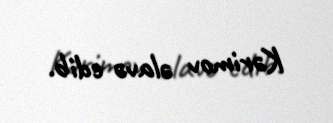
Kərimov əlavə edib.